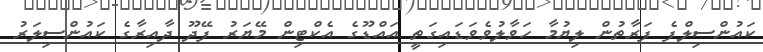
ކައުންސިލްފެ ފަރާތުން ލިޔުމާ ހަވާލުވެވަޑައިގަތީ އައްޑޫގެ އެކްޓިން މޭޔަރު ފޭދޫ ދާއިރާގެ ކައުންސިލަރު